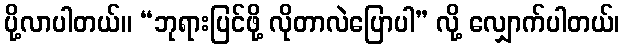
ပို့လာပါတယ်။ “ဘုရားပြင်ဖို့ လိုတာလဲပြောပါ” လို့ လျှောက်ပါတယ်၊